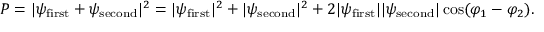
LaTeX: P = | \psi _ { \mathrm { { f i r s t } } } + \psi _ { \mathrm { { s e c o n d } } } | ^ { 2 } = | \psi _ { \mathrm { { f i r s t } } } | ^ { 2 } + | \psi _ { \mathrm { { s e c o n d } } } | ^ { 2 } + 2 | \psi _ { \mathrm { { f i r s t } } } | | \psi _ { \mathrm { { s e c o n d } } } | \cos ( \varphi _ { 1 } - \varphi _ { 2 } ) .